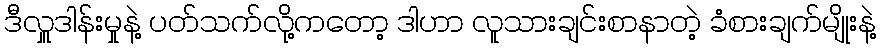
ဒီလှူဒါန်းမှုနဲ့ ပတ်သက်လို့ကတော့ ဒါဟာ လူသားချင်းစာနာတဲ့ ခံစားချက်မျိုးနဲ့